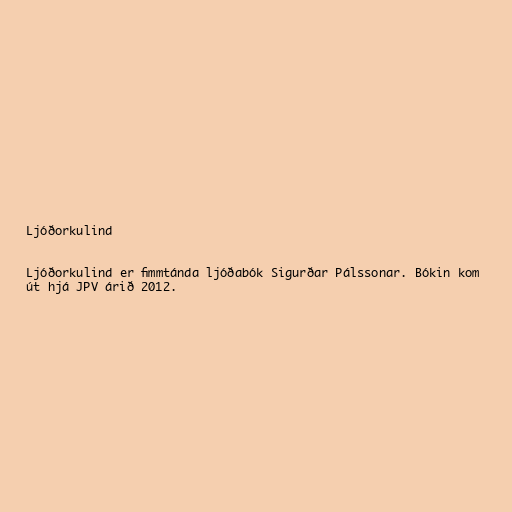
Ljóðorkulind

Ljóðorkulind er fimmtánda ljóðabók Sigurðar Pálssonar. Bókin kom
út hjá JPV árið 2012.